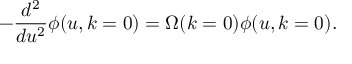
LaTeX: - \frac { d ^ { 2 } } { d u ^ { 2 } } \phi ( u , k = 0 ) = \Omega ( k = 0 ) \phi ( u , k = 0 ) .